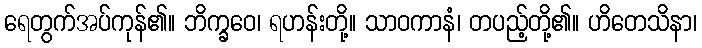
ရေတွက်အပ်ကုန်၏။ ဘိက္ခဝေ၊ ရဟန်းတို့။ သာဝကာနံ၊ တပည့်တို့၏။ ဟိတေသိနာ၊